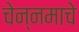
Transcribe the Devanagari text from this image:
चेन्नमाचे